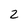
Character: 2